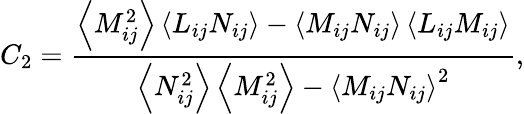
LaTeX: C_{2}=\frac{\left\langle M_{ij}^{2}\right\rangle\left\langle L_{ij}N_{ij}\right\rangle-\left\langle M_{ij}N_{ij}\right\rangle\left\langle L_{ij}M_{ij}\right\rangle}{\left\langle N_{ij}^{2}\right\rangle\left\langle M_{ij}^{2}\right\rangle-\left\langle M_{ij}N_{ij}\right\rangle^{2}},